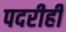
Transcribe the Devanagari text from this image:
पदरीही